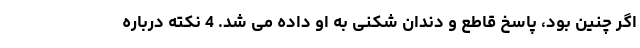
اگر چنین بود، پاسخ قاطع و دندان شکنی به او داده می شد. 4 نکته درباره